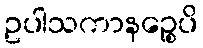
ဥပါသကာနဉ္စေပိ